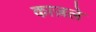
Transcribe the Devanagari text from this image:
काज़ले